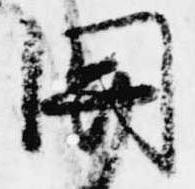
関